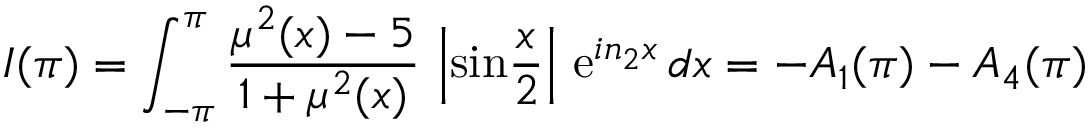
I ( \pi ) = \int _ { - \pi } ^ { \pi } { \frac { \mu ^ { 2 } ( x ) - 5 } { 1 + \mu ^ { 2 } ( x ) } } \, \left| \mathrm { s i n } { \frac { x } { 2 } } \right| \, \mathrm { e } ^ { i n _ { 2 } x } \, d x = - A _ { 1 } ( \pi ) - A _ { 4 } ( \pi )